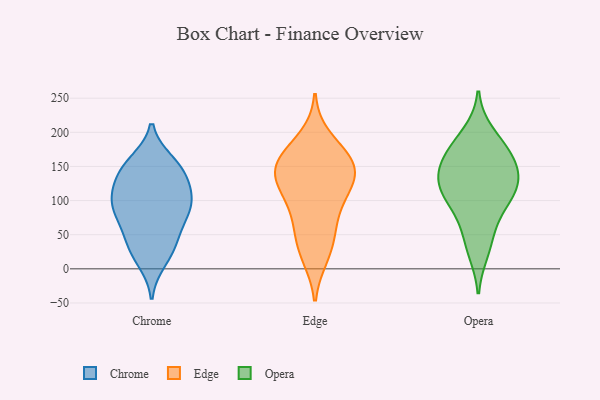
{"axis": {"x": "Energy Usage (MWh)", "y": "Value"}, "legend": ["Chrome", "Edge", "Opera"], "data": [{"x": "", "y": 102, "type": "Chrome"}, {"x": "", "y": 146, "type": "Chrome"}, {"x": "", "y": 33, "type": "Chrome"}, {"x": "", "y": 95, "type": "Chrome"}, {"x": "", "y": 103, "type": "Chrome"}, {"x": "", "y": 12, "type": "Chrome"}, {"x": "", "y": 47, "type": "Chrome"}, {"x": "", "y": 108, "type": "Chrome"}, {"x": "", "y": 82, "type": "Chrome"}, {"x": "", "y": 129, "type": "Chrome"}, {"x": "", "y": 152, "type": "Chrome"}, {"x": "", "y": 139, "type": "Chrome"}, {"x": "", "y": 81, "type": "Chrome"}, {"x": "", "y": 156, "type": "Chrome"}, {"x": "", "y": 28, "type": "Chrome"}, {"x": "", "y": 69, "type": "Chrome"}, {"x": "", "y": 128, "type": "Edge"}, {"x": "", "y": 51, "type": "Edge"}, {"x": "", "y": 147, "type": "Edge"}, {"x": "", "y": 167, "type": "Edge"}, {"x": "", "y": 141, "type": "Edge"}, {"x": "", "y": 111, "type": "Edge"}, {"x": "", "y": 153, "type": "Edge"}, {"x": "", "y": 120, "type": "Edge"}, {"x": "", "y": 157, "type": "Edge"}, {"x": "", "y": 163, "type": "Edge"}, {"x": "", "y": 18, "type": "Edge"}, {"x": "", "y": 111, "type": "Edge"}, {"x": "", "y": 64, "type": "Edge"}, {"x": "", "y": 24, "type": "Edge"}, {"x": "", "y": 192, "type": "Edge"}, {"x": "", "y": 78, "type": "Edge"}, {"x": "", "y": 46, "type": "Opera"}, {"x": "", "y": 120, "type": "Opera"}, {"x": "", "y": 126, "type": "Opera"}, {"x": "", "y": 151, "type": "Opera"}, {"x": "", "y": 95, "type": "Opera"}, {"x": "", "y": 168, "type": "Opera"}, {"x": "", "y": 80, "type": "Opera"}, {"x": "", "y": 140, "type": "Opera"}, {"x": "", "y": 165, "type": "Opera"}, {"x": "", "y": 26, "type": "Opera"}, {"x": "", "y": 178, "type": "Opera"}, {"x": "", "y": 120, "type": "Opera"}, {"x": "", "y": 113, "type": "Opera"}, {"x": "", "y": 198, "type": "Opera"}]}